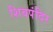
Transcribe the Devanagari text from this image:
शिवपंदिर